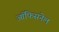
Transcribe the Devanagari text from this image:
ऑफिसनेल